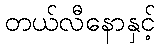
တယ်လီနောနှင့်